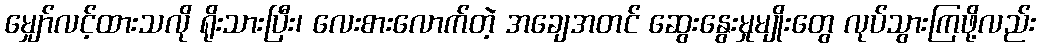
မျှော်လင့်ထားသလို ရိုးသားပြီး၊ လေးစားလောက်တဲ့ အချေအတင် ဆွေးနွေးမှုမျိုးတွေ လုပ်သွားကြဖို့လည်း